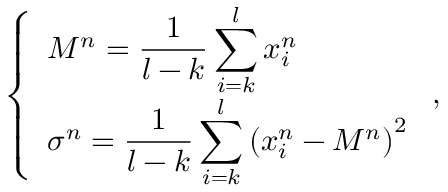
\left\{ \begin{array} { l l } { \displaystyle M ^ { n } = \frac { 1 } { l - k } \sum _ { i = k } ^ { l } x _ { i } ^ { n } } \\ { \displaystyle \sigma ^ { n } = \frac { 1 } { l - k } \sum _ { i = k } ^ { l } \left( x _ { i } ^ { n } - M ^ { n } \right) ^ { 2 } } \end{array} \right. ,